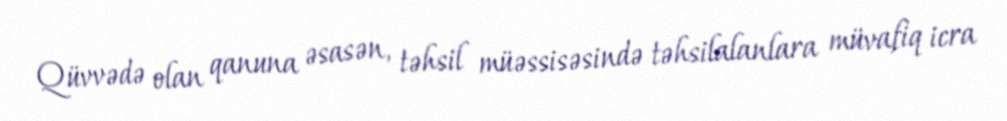
Qüvvədə olan qanuna əsasən, təhsil müəssisəsində təhsilalanlara müvafiq icra